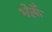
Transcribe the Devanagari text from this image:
भेरूँ